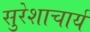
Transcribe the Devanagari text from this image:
सुरेशाचार्य